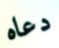
دعاه